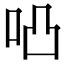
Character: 𠱂